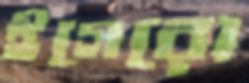
ইগেরো